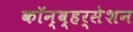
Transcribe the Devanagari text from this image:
कॉन्व्हर्सेशन